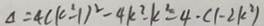
\Delta = 4 ( k ^ { 2 } - 1 ) ^ { 2 } - 4 k ^ { 2 } - k ^ { 2 } = 4 \cdot ( 1 - 2 k ^ { 2 } )